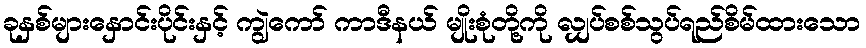
ခုနှစ်များနှောင်းပိုင်းနှင့် ကျွဲကော် ကာဒီနယ် မျိုးစုံတို့ကို လျှပ်စစ်သွပ်ရည်စိမ်ထားသော